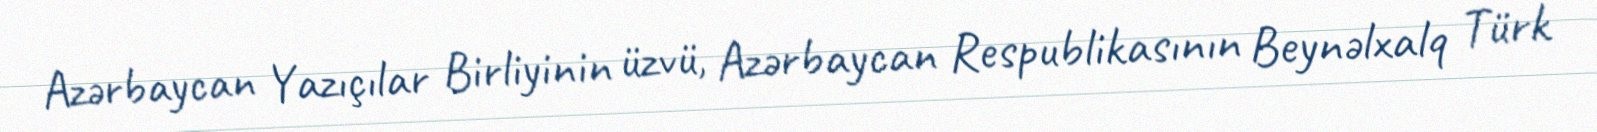
Azərbaycan Yazıçılar Birliyinin üzvü, Azərbaycan Respublikasının Beynəlxalq Türk